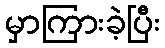
မှာကြားခဲ့ပြီး